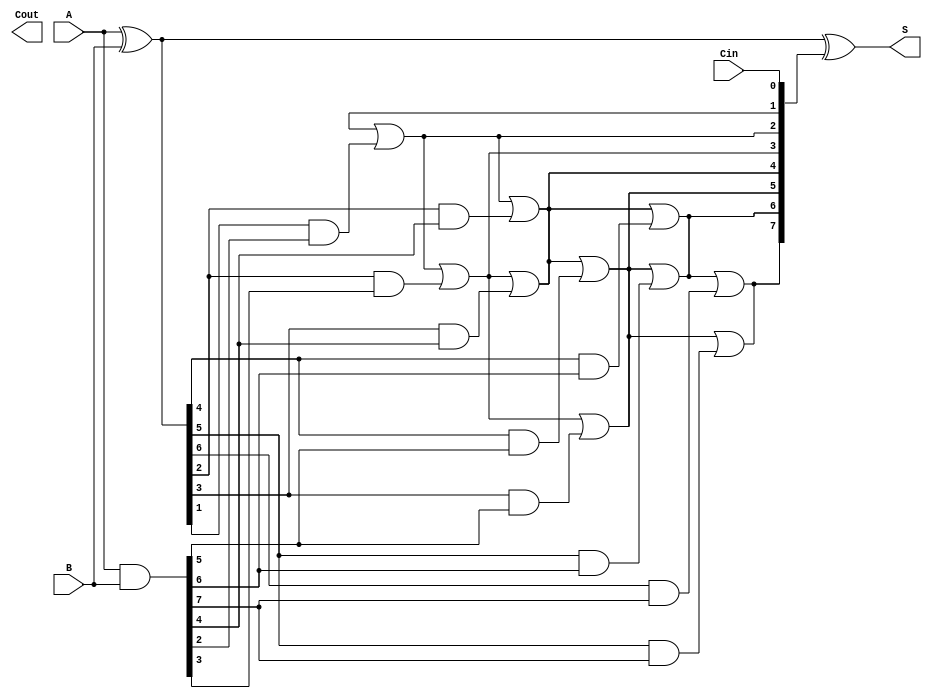
module kogge_stone_adder #(
    parameter N = 8 // Number of bits
) (
    input  [N-1:0] A, B,
    input          Cin,
    output [N-1:0] S,
    output         Cout
);

    // Generate and Propagate signals
    wire [N-1:0] G; // Generate
    wire [N-1:0] P; // Propagate
    wire [N:0] C;   // Carry signals

    // Compute Generate and Propagate
    assign G = A & B;            // G[i] = A[i] & B[i]
    assign P = A ^ B;            // P[i] = A[i] XOR B[i]
    
    // Carry generation
    assign C[0] = Cin;           // Initial carry

    genvar i, j, k;
    generate
        // Compute carry signals using the Kogge-Stone method
        for (k = 0; k < $clog2(N); k = k + 1) begin: carry_gen
            for (i = 0; i < N; i = i + 1) begin: carry_compute
                if (i >= (1 << (k + 1))) begin
                    assign C[i] = C[i - (1 << k)] | (P[i - (1 << k)] & G[i]);
                end
            end
        end
    endgenerate

    // Compute Sum
    assign S = P ^ C[N-1:0]; // S[i] = P[i] XOR C[i]

    // Final carry out
    assign Cout = C[N];

endmodule